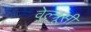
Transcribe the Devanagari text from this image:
वेल्त्रूसी